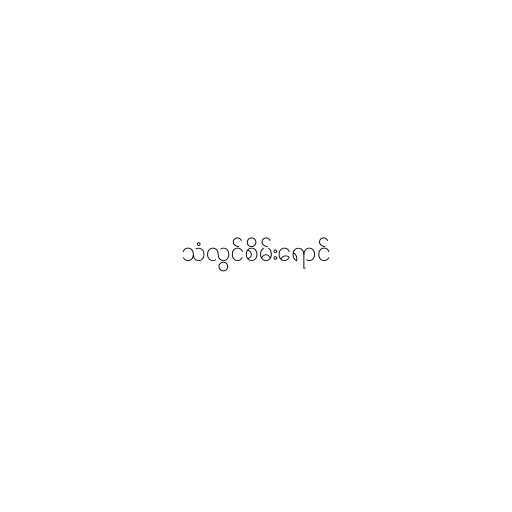
သံလွင်စိမ်းရောင်